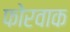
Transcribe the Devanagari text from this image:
फोरवाक